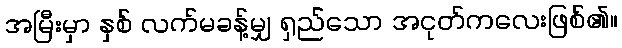
အမြီးမှာ နှစ် လက်မခန့်မျှ ရှည်သော အငုတ်ကလေးဖြစ်၏။